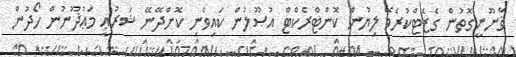
ޤާނޫނީގޮތުން ގެޒެޓްކުރެވޭ ލިޔުން ކޮންޓްރެކްޓް އުޞޫލުން ކައިވެނި ކޮށްދޭނޭ ޝަރުޢީ މަޢުޛޫނުން ހޯދުން